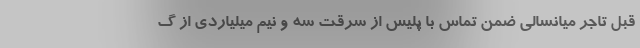
قبل تاجر میانسالی ضمن تماس با پلیس از سرقت سه و نیم میلیاردی از گ